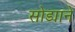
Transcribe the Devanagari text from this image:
सोड्याने